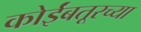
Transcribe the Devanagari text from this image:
कोईंबतूरच्या